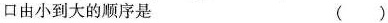
口由小到大的顺序是 ( )